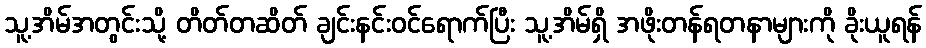
သူ့အိမ်အတွင်းသို့ တိတ်တဆိတ် ချင်းနင်းဝင်ရောက်ပြီး သူ့အိမ်ရှိ အဖိုးတန်ရတနာများကို ခိုးယူရန်